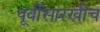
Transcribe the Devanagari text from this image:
पूर्वीसारखीच